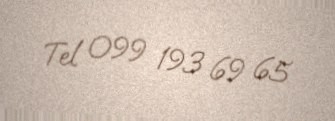
Tel 099 193 69 65